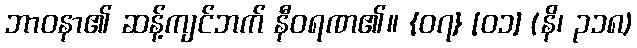
ဘာဝနာ၏ ဆန့်ကျင်ဘက် နီဝရဏ၏။ {၀၇} [၀၁] (နိ၊ ၃၁၈)